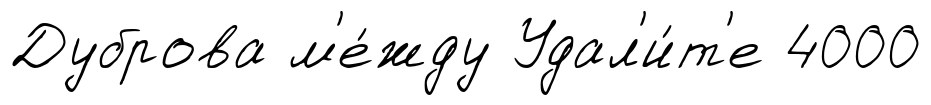
Дуброва м'е́жду Удал'и́т'е 4000